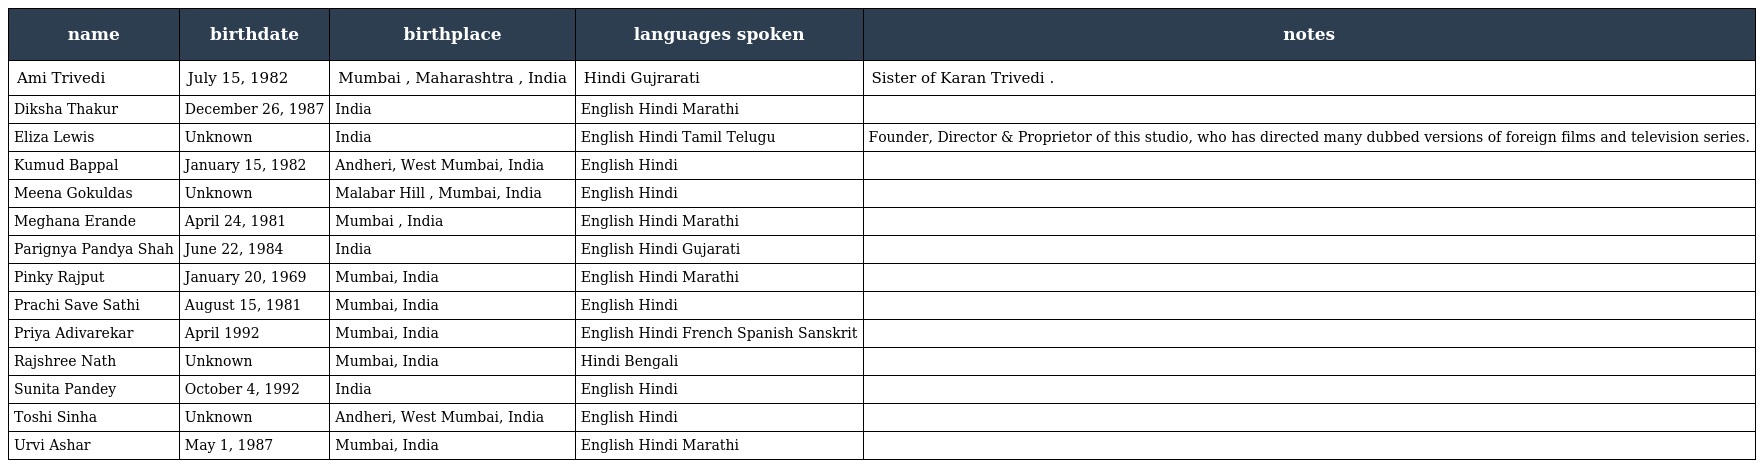
| name | birthdate | birthplace | languages spoken | notes |
 | --- | --- | --- | --- | --- |
 | Ami Trivedi | July 15, 1982 | Mumbai , Maharashtra , India | Hindi Gujrarati | Sister of Karan Trivedi . |
 | Diksha Thakur | December 26, 1987 | India | English Hindi Marathi |  |
 | Eliza Lewis | Unknown | India | English Hindi Tamil Telugu | Founder, Director & Proprietor of this studio, who has directed many dubbed versions of foreign films and television series. |
 | Kumud Bappal | January 15, 1982 | Andheri, West Mumbai, India | English Hindi |  |
 | Meena Gokuldas | Unknown | Malabar Hill , Mumbai, India | English Hindi |  |
 | Meghana Erande | April 24, 1981 | Mumbai , India | English Hindi Marathi |  |
 | Parignya Pandya Shah | June 22, 1984 | India | English Hindi Gujarati |  |
 | Pinky Rajput | January 20, 1969 | Mumbai, India | English Hindi Marathi |  |
 | Prachi Save Sathi | August 15, 1981 | Mumbai, India | English Hindi |  |
 | Priya Adivarekar | April 1992 | Mumbai, India | English Hindi French Spanish Sanskrit |  |
 | Rajshree Nath | Unknown | Mumbai, India | Hindi Bengali |  |
 | Sunita Pandey | October 4, 1992 | India | English Hindi |  |
 | Toshi Sinha | Unknown | Andheri, West Mumbai, India | English Hindi |  |
 | Urvi Ashar | May 1, 1987 | Mumbai, India | English Hindi Marathi |  |